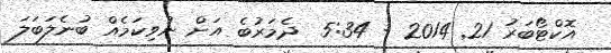
އޮކްޓޯބަރު 21